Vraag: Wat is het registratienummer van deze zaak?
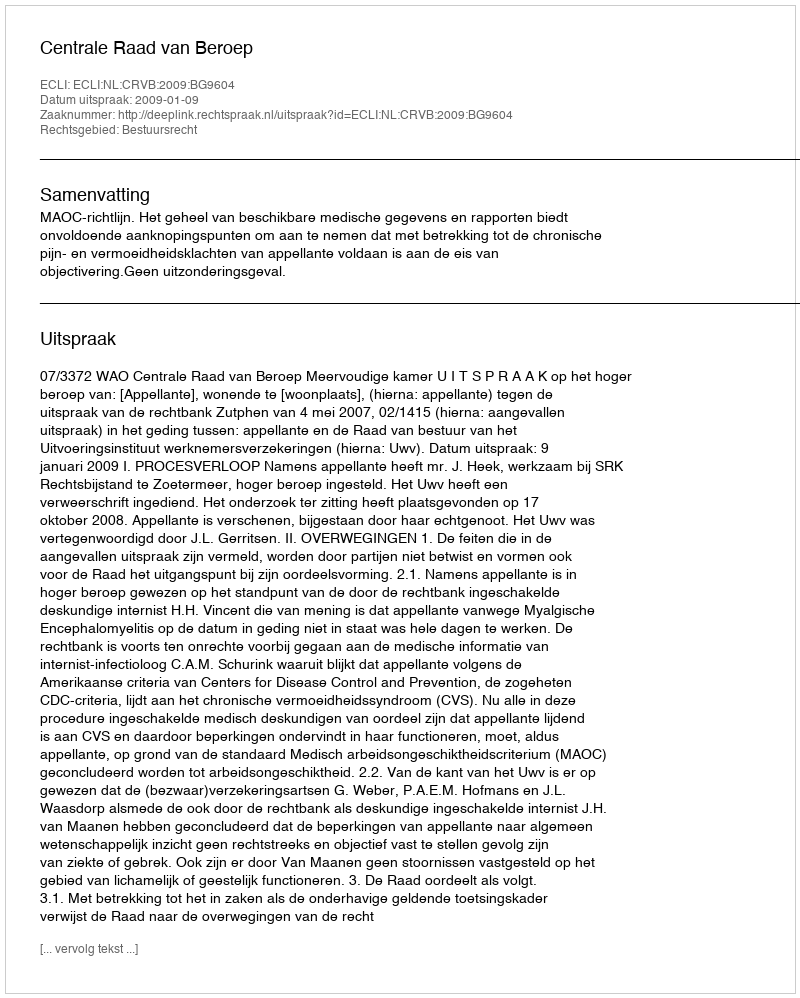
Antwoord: http://deeplink.rechtspraak.nl/uitspraak?id=ECLI:NL:CRVB:2009:BG9604